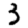
Digit: 3